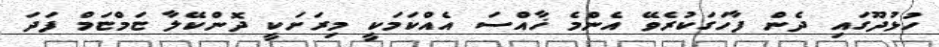
ހުޅުދޫގައި ދެން ފާހަގަކުރެވޭ އެންމެ ޚާއްސަ އެއްކަމަކީ މިރަށަކީ ދޮންކޭލާ ޏަމްޏަމް ފަދަ